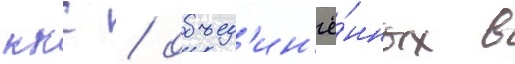
ккс / объед'ин'ё́нных в